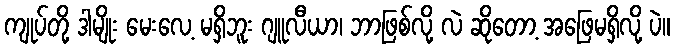
ကျုပ်တို့ ဒါမျိုး မေးလေ့ မရှိဘူး ဂျူလီယာ၊ ဘာဖြစ်လို့ လဲ ဆိုတော့ အဖြေမရှိလို့ ပဲ။